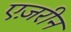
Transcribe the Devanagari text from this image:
एज़रीन